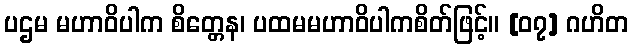
ပဌမ မဟာဝိပါက စိတ္တေန၊ ပထမမဟာဝိပါကစိတ်ဖြင့်။ [၀၇] ဂဟိတ